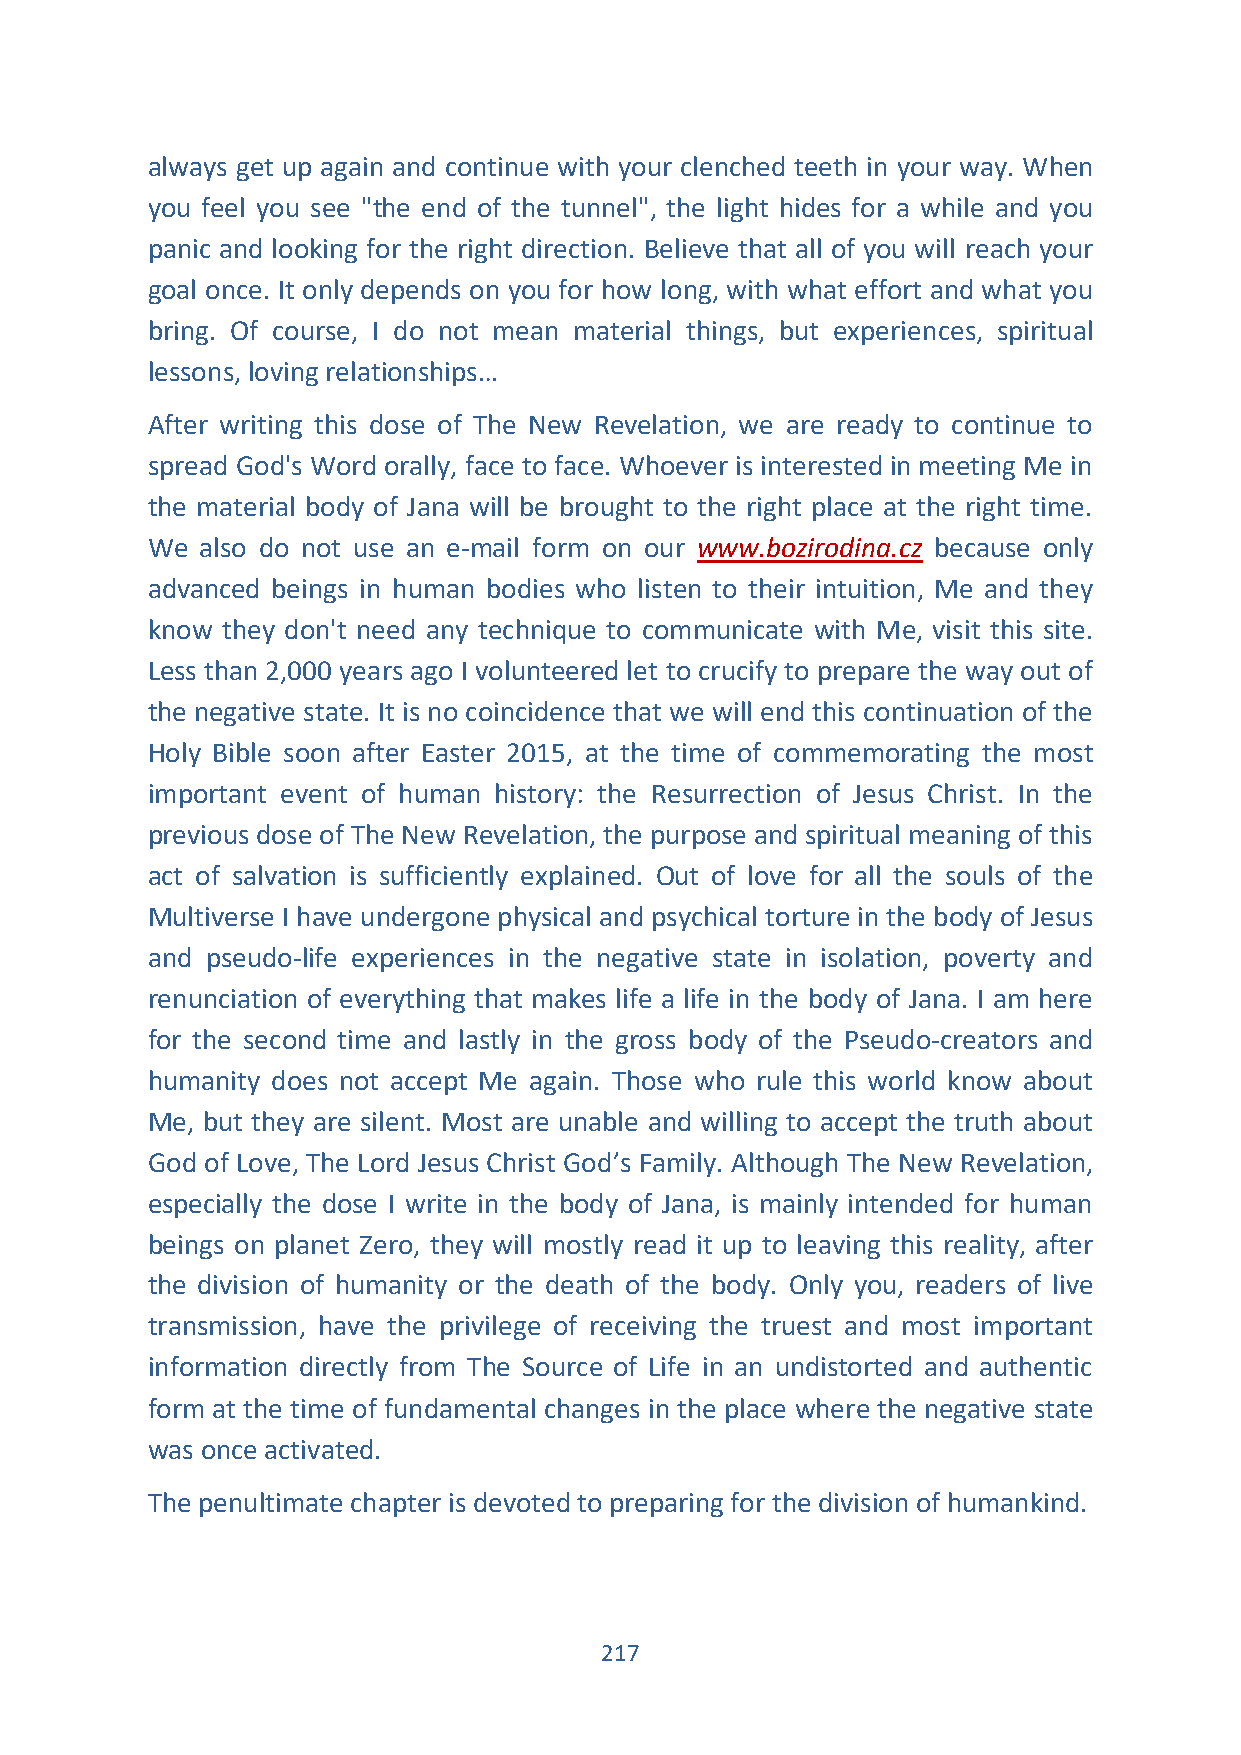
always get up again and continue with your clenched teeth in your way. When
 you feel you see "the end of the tunnel", the light hides for a while and you
 panic and looking for the right direction. Believe that all of you will reach your
 goal once. It only depends on you for how long, with what effort and what you
 bring. Of course, I do not mean material things, but experiences, spiritual
 lessons, loving relationships…
 After writing this dose of The New Revelation, we are ready to continue to
 spread God's Word orally, face to face. Whoever is interested in meeting Me in
 the material body of Jana will be brought to the right place at the right time.
 We also do not use an e-mail form on our www.bozirodina.cz because only
 advanced beings in human bodies who listen to their intuition, Me and they
 know they don't need any technique to communicate with Me, visit this site.
 Less than 2,000 years ago I volunteered let to crucify to prepare the way out of
 the negative state. It is no coincidence that we will end this continuation of the
 Holy Bible soon after Easter 2015, at the time of commemorating the most
 important event of human history: the Resurrection of Jesus Christ. In the
 previous dose of The New Revelation, the purpose and spiritual meaning of this
 act of salvation is sufficiently explained. Out of love for all the souls of the
 Multiverse I have undergone physical and psychical torture in the body of Jesus
 and pseudo-life experiences in the negative state in isolation, poverty and
 renunciation of everything that makes life a life in the body of Jana. I am here
 for the second time and lastly in the gross body of the Pseudo-creators and
 humanity does not accept Me again. Those who rule this world know about
 Me, but they are silent. Most are unable and willing to accept the truth about
 God of Love, The Lord Jesus Christ God’s Family. Although The New Revelation,
 especially the dose I write in the body of Jana, is mainly intended for human
 beings on planet Zero, they will mostly read it up to leaving this reality, after
 the division of humanity or the death of the body. Only you, readers of live
 transmission, have the privilege of receiving the truest and most important
 information directly from The Source of Life in an undistorted and authentic
 form at the time of fundamental changes in the place where the negative state
 was once activated.
 The penultimate chapter is devoted to preparing for the division of humankind.
 217